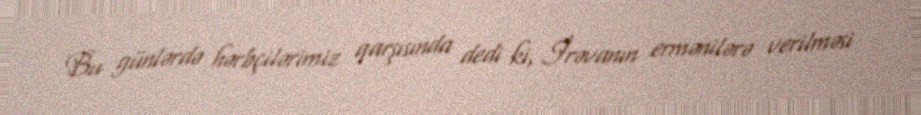
Bu günlərdə hərbçilərimiz qarşısında dedi ki, İrəvanın ermənilərə verilməsi